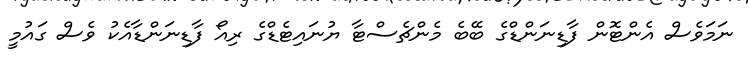
ނަމަވެސް އެންޓޮން ފާޑިނަންޑްގެ ބޭބެ މެންޗެސްޓާ ޔުނައިޓެޑްގެ ރިއޯ ފާޑިނަންޑާއެކު ވެސް ގައުމީ